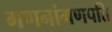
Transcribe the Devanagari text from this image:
गणनांगणपति